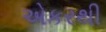
એકરથી